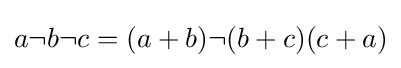
{\textstyle a\neg b\neg c=(a+b)\neg (b+c)(c+a)}